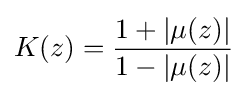
K(z)={\frac {1+|\mu (z)|}{1-|\mu (z)|}}